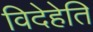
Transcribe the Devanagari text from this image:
विदेहेति